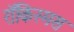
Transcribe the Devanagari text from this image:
रॉकिस्मस